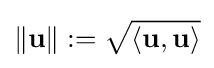
\|\mathbf {u} \|:={\sqrt {\langle \mathbf {u} ,\mathbf {u} \rangle }}